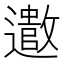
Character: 𫑍